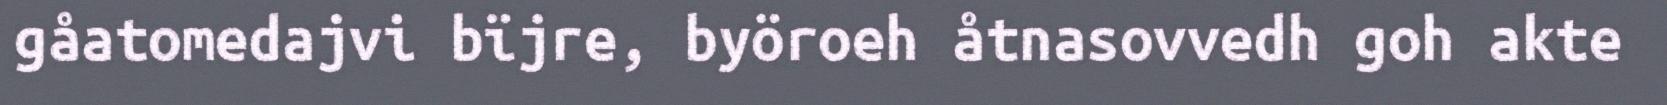
gåatomedajvi bïjre, byöroeh åtnasovvedh goh akte